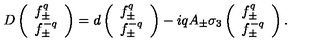
D \left( \begin{array} { l } { f _ { \pm } ^ { q } } \\ { f _ { \pm } ^ { - q } } \\ \end{array} \right) = d \left( \begin{array} { l } { f _ { \pm } ^ { q } } \\ { f _ { \pm } ^ { - q } } \\ \end{array} \right) - i q A _ { \pm } \sigma _ { 3 } \left( \begin{array} { l } { f _ { \pm } ^ { q } } \\ { f _ { \pm } ^ { - q } } \\ \end{array} \right) .